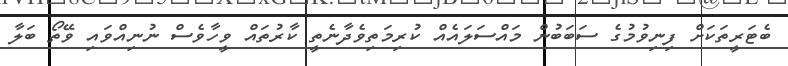
ބެޓަރީތަކަށް ފިނިވުމުގެ ސަބަބުން މައްސަލައެއް ކުރިމަތިވެދާނެތީ ކާރުތައް ވީހާވެސް ނުނިއްވައި ވޭތޯ ބަލާ